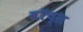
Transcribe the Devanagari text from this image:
वॉच्स